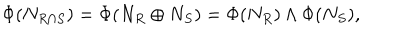
\Phi ( N _ { R \cap S } ) = \Phi ( N _ { R } \oplus N _ { S } ) = \Phi ( N _ { R } ) \wedge \Phi ( N _ { S } ) ,